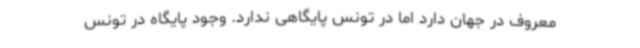
معروف در جهان دارد اما در تونس پایگاهی ندارد. وجود پایگاه در تونس